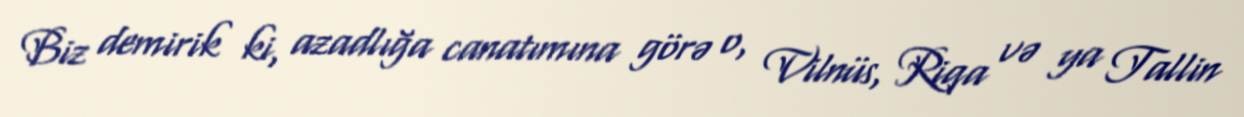
Biz demirik ki, azadlığa canatımına görə o, Vilnüs, Riqa və ya Tallin